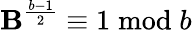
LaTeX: \mathbf{B}^{\frac{{b-1}}{{2}}}\equiv1{\bmod{b}}